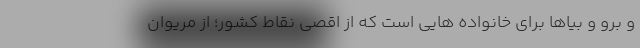
و برو و بیاها برای خانواده هایی است که از اقصی نقاط کشور؛ از مریوان